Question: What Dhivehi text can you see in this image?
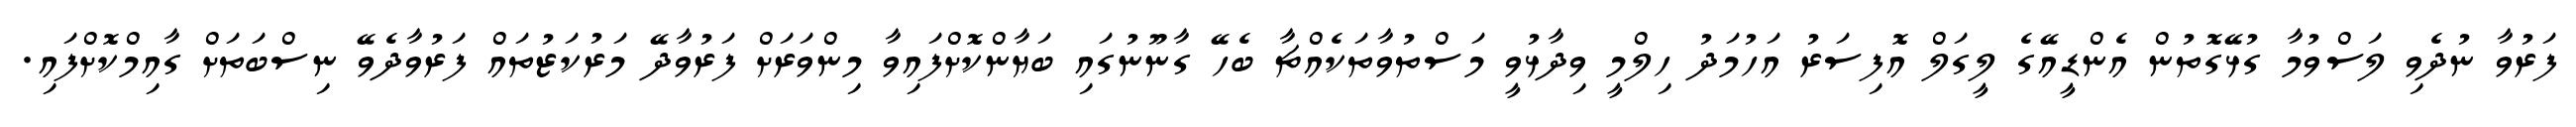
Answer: ފަރުވާ ނުދެވި ލަސްވުމާ ގުޅޭގޮތުން އެންޑީއޭގެ ލީގަލް އޮފިސަރު އަހުމަދު ހިލްމީ ވިދާޅުވީ މަސްތުވާތަކެއްޗާ ބެހޭ ގާނޫނުގައި ބަޔާންކޮށްފައިވާ މިންވަރަށް ފަރުވާދޭ މަރުކަޒުތައް ފަރުވާދެވޭ ނިސްބަތަށް ގާއިމްކޮށްފައި.